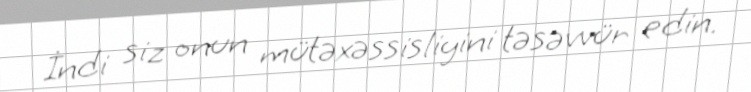
İndi siz onun mütəxəssisliyini təsəvvür edin.